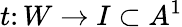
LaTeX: t\colon W\to I\subset A^{1}